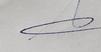
Signature authenticity: genuine